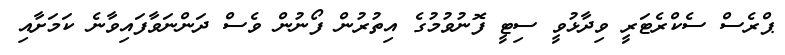
ޕްރެސް ސެކްރެޓަރީ ވިދާޅުވީ ސިޓީ ފޮނުވުމުގެ އިތުރުން ފޯނުން ވެސް ދަންނަވާފައިވާނެ ކަމަށާއި